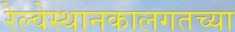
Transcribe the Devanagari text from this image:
रेल्वेस्थानकालगतच्या